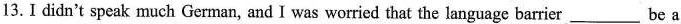
13. I didn't speak much German, and I was worried that the language barrier ___ be a